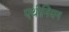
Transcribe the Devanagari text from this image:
एथीनियन